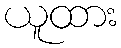
ယူထား